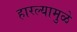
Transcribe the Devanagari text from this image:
हारल्यामुळे